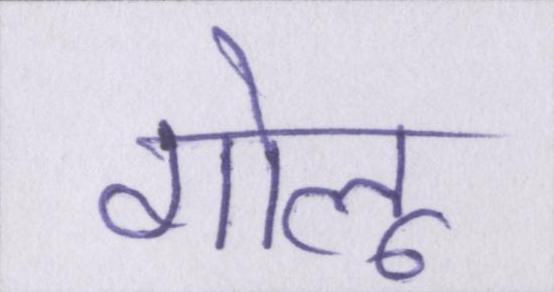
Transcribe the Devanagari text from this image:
गोलू